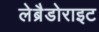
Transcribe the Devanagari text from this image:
लेब्रैडोराइट